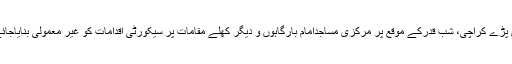
ارشد شریف برس پڑے کراچی، شب قدرکے موقع پر مرکزی مساجدامام بارگاہوں و دیگر کھلے مقامات پر سیکورٹی اقدامات کو غیر معمولی بنایاجائے،اے ڈی خواجہ